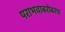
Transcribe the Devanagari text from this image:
पराभवाबरोबरच